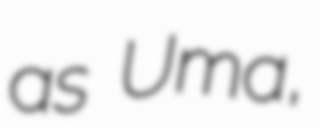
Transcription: as Uma,